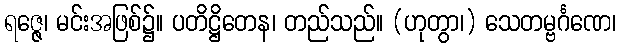
ရဇ္ဇေ၊ မင်းအဖြစ်၌။ ပတိဋ္ဌိတေန၊ တည်သည်။ (ဟုတွာ၊) သေတမ္ဗင်္ဂဏေ၊